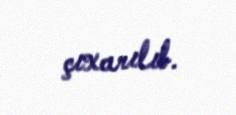
çıxarılıb.